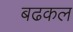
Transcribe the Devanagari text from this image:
बढकल